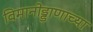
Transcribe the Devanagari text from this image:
विमानोड्डाणाच्या